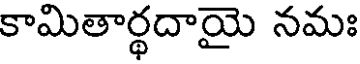
కామితార్థదాయై నమః